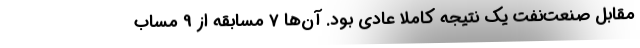
مقابل صنعت‌نفت یک نتیجه کاملاً عادی بود. آن‌ها 7 مسابقه از 9 مساب